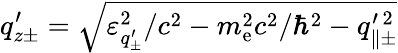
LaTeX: q_{z\pm}^{\prime}=\sqrt{\varepsilon_{q_{\pm}^{\prime}}^{2}/c^{2}-m_{\mathrm{e}}^{2}c^{2}/\hbar^{2}-q_{\parallel\pm}^{\prime\, 2}}